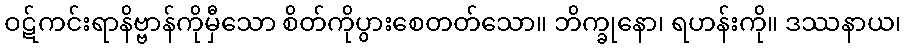
ဝဋ်ကင်းရာနိဗ္ဗာန်ကိုမှီသော စိတ်ကိုပွားစေတတ်သော။ ဘိက္ခုနော၊ ရဟန်းကို။ ဒဿနာယ၊